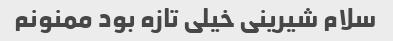
سلام شیرینی خیلی تازه بود ممنونم